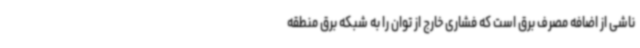
ناشی از اضافه مصرف برق است که فشاری خارج از توان را به شبکه برق منطقه